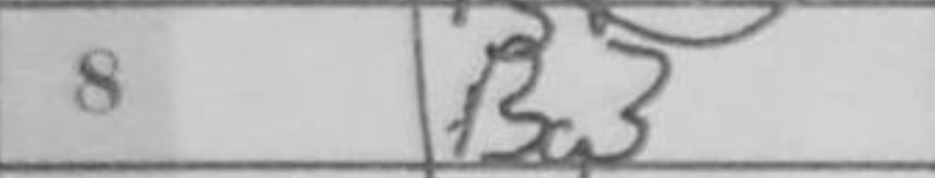
Transcription: Bg3